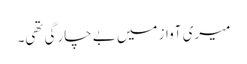
میری آواز میں بے چارگی تھی۔